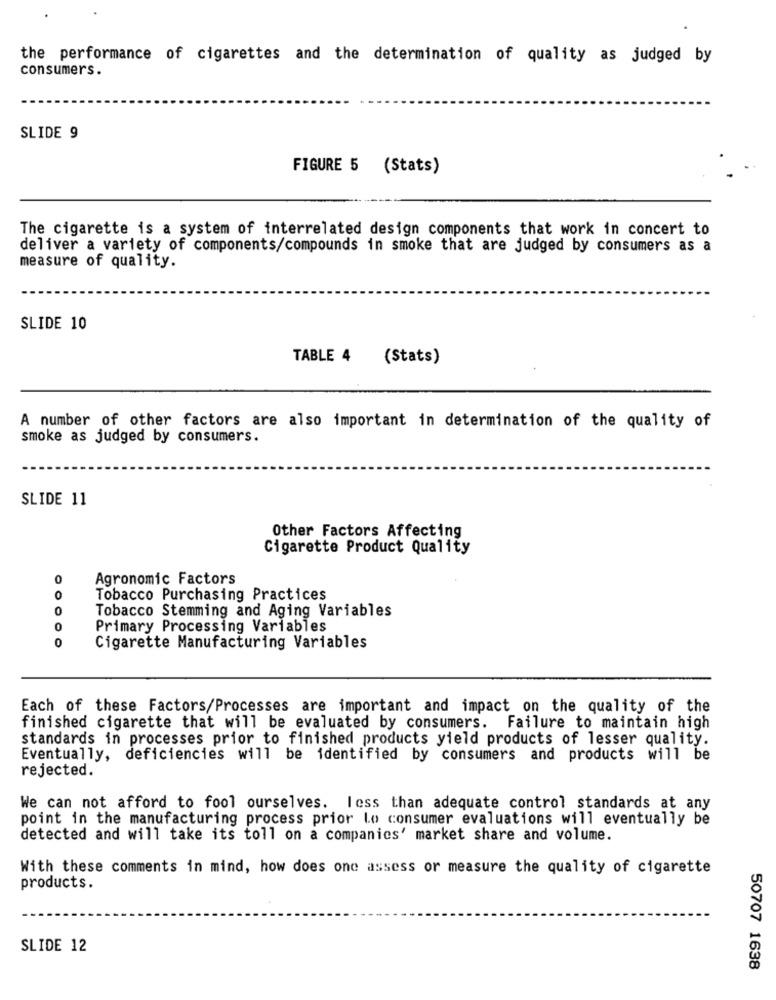
the performance of cigarettes and the determination of quality as judged by
consumers.
SLIDE 9
FIGURE 5 (Stats)
The cigarette is a system of interrelated design components that work in concert to
deliver a variety of components/compounds in smoke that are judged by consumers as a
measure of quality.
SLIDE 10
TABLE 4
(Stats)
A number of other factors are also important in determination of the quality of
smoke as judged by consumers.
SLIDE 11
Other Factors Affecting
Cigarette Product Quality
0
Agronomic Factors
0
Tobacco Purchasing Practices
0
Tobacco Stemming and Aging Variables
0
Primary Processing Variables
0
Cigarette Manufacturing Variables
Each of these Factors/Processes are important and impact on the quality of the
finished cigarette that will be evaluated by consumers. Failure to maintain high
standards in processes prior to finished products yield products of lesser quality.
Eventually, deficiencies will be identified by consumers and products will be
rejected.
We can not afford to fool ourselves. less than adequate control standards at any
point in the manufacturing process prior lo consumer evaluations will eventually be
detected and will take its toll on a companies' market share and volume.
With these comments in mind, how does one assess or measure the quality of cigarette
products.
SLIDE 12
50707 1638